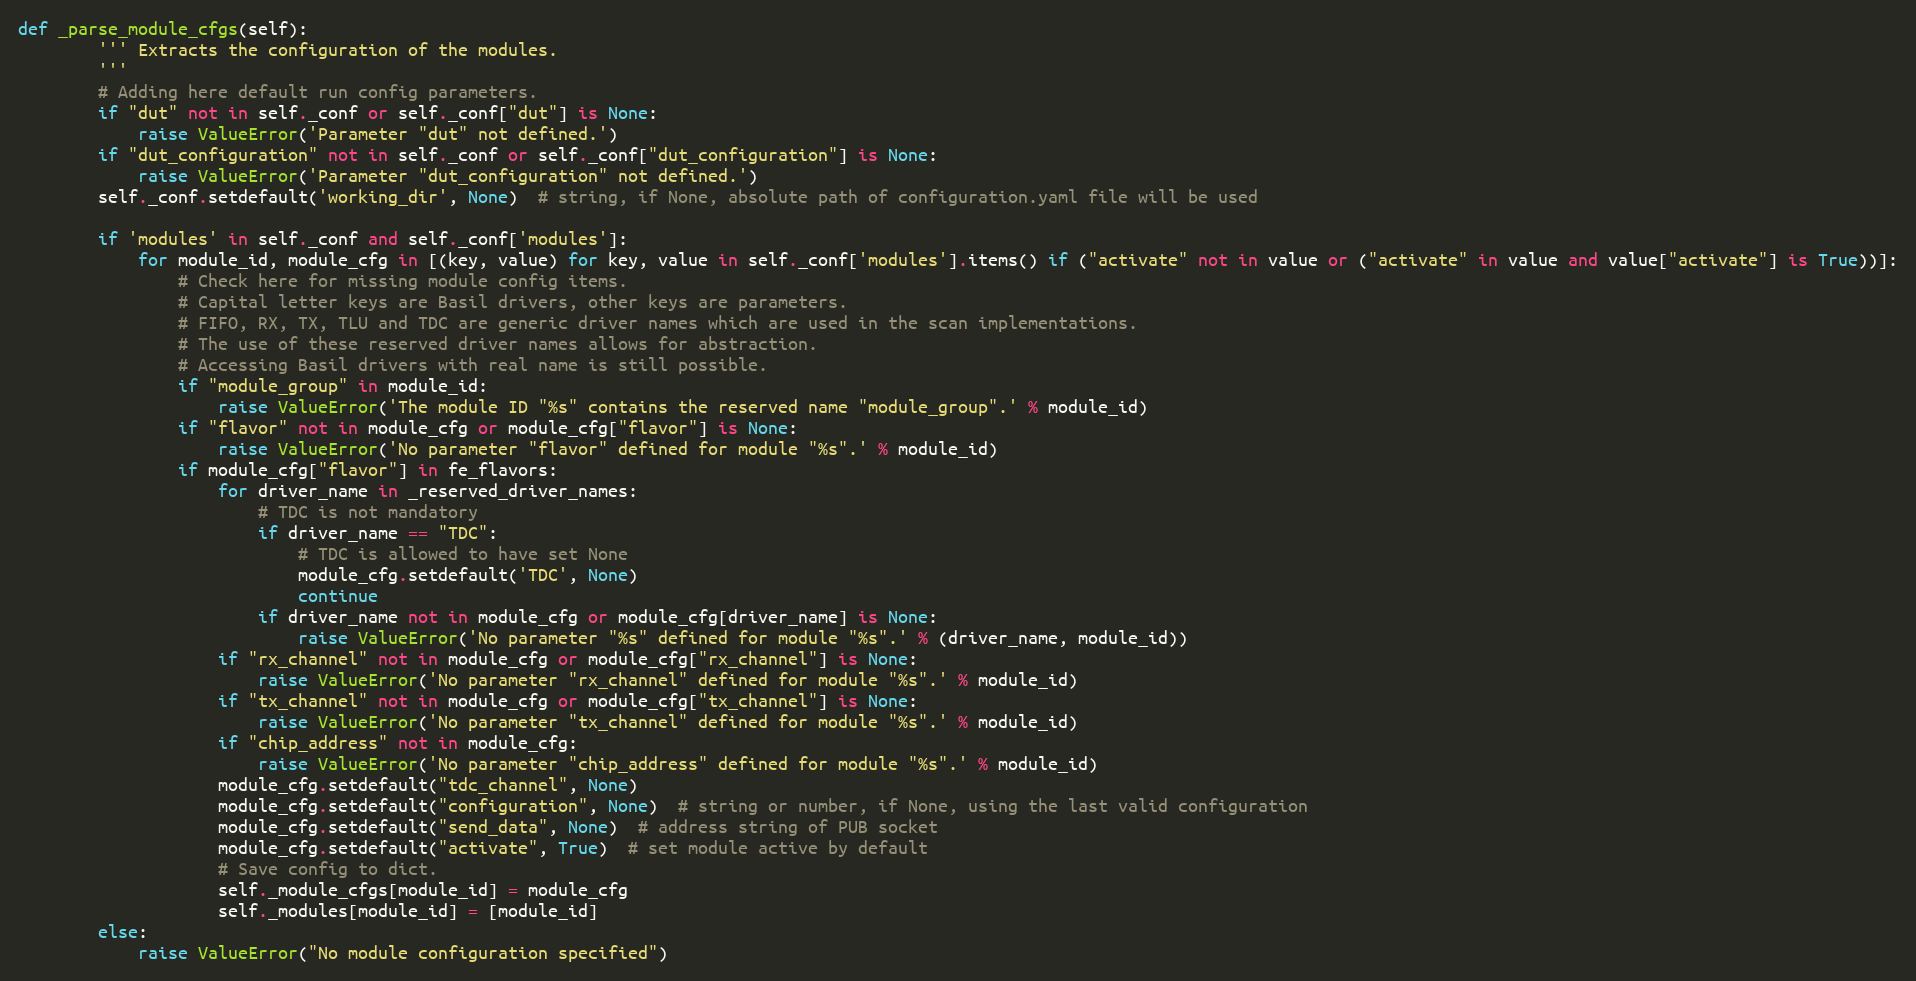
Language: Python
def _parse_module_cfgs(self):
        ''' Extracts the configuration of the modules.
        '''
        # Adding here default run config parameters.
        if "dut" not in self._conf or self._conf["dut"] is None:
            raise ValueError('Parameter "dut" not defined.')
        if "dut_configuration" not in self._conf or self._conf["dut_configuration"] is None:
            raise ValueError('Parameter "dut_configuration" not defined.')
        self._conf.setdefault('working_dir', None)  # string, if None, absolute path of configuration.yaml file will be used

        if 'modules' in self._conf and self._conf['modules']:
            for module_id, module_cfg in [(key, value) for key, value in self._conf['modules'].items() if ("activate" not in value or ("activate" in value and value["activate"] is True))]:
                # Check here for missing module config items.
                # Capital letter keys are Basil drivers, other keys are parameters.
                # FIFO, RX, TX, TLU and TDC are generic driver names which are used in the scan implementations.
                # The use of these reserved driver names allows for abstraction.
                # Accessing Basil drivers with real name is still possible.
                if "module_group" in module_id:
                    raise ValueError('The module ID "%s" contains the reserved name "module_group".' % module_id)
                if "flavor" not in module_cfg or module_cfg["flavor"] is None:
                    raise ValueError('No parameter "flavor" defined for module "%s".' % module_id)
                if module_cfg["flavor"] in fe_flavors:
                    for driver_name in _reserved_driver_names:
                        # TDC is not mandatory
                        if driver_name == "TDC":
                            # TDC is allowed to have set None
                            module_cfg.setdefault('TDC', None)
                            continue
                        if driver_name not in module_cfg or module_cfg[driver_name] is None:
                            raise ValueError('No parameter "%s" defined for module "%s".' % (driver_name, module_id))
                    if "rx_channel" not in module_cfg or module_cfg["rx_channel"] is None:
                        raise ValueError('No parameter "rx_channel" defined for module "%s".' % module_id)
                    if "tx_channel" not in module_cfg or module_cfg["tx_channel"] is None:
                        raise ValueError('No parameter "tx_channel" defined for module "%s".' % module_id)
                    if "chip_address" not in module_cfg:
                        raise ValueError('No parameter "chip_address" defined for module "%s".' % module_id)
                    module_cfg.setdefault("tdc_channel", None)
                    module_cfg.setdefault("configuration", None)  # string or number, if None, using the last valid configuration
                    module_cfg.setdefault("send_data", None)  # address string of PUB socket
                    module_cfg.setdefault("activate", True)  # set module active by default
                    # Save config to dict.
                    self._module_cfgs[module_id] = module_cfg
                    self._modules[module_id] = [module_id]
        else:
            raise ValueError("No module configuration specified")